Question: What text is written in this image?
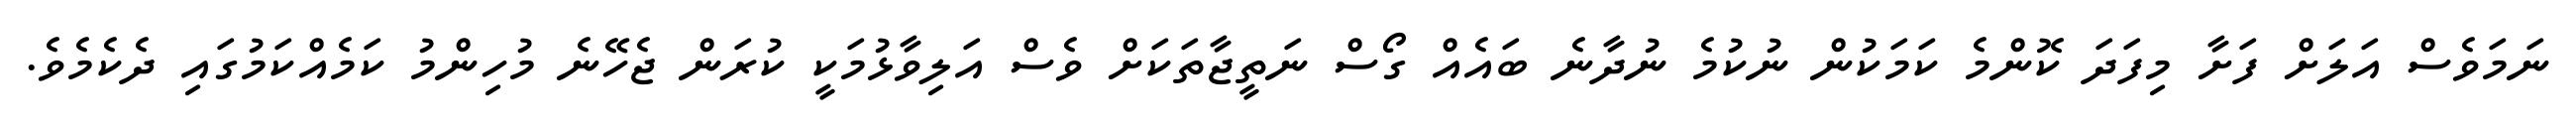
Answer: ނަމަވެސް އަލަށް ފަށާ މިފަދަ ކޮންމެ ކަމަކުން ނުކުމެ ނުދާނެ ބައެއް ގޯސް ނަތީޖާތަކަށް ވެސް އަލިވާޅުމަކީ ކުރަން ޖެހޭނެ މުހިންމު ކަމެއްކަމުގައި ދެކެމެވެ.